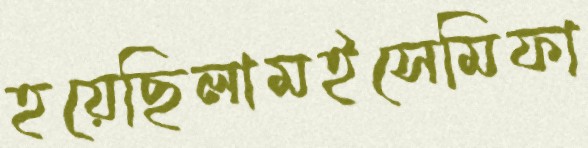
হয়েছিলামইসেমিফা